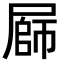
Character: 𭕪